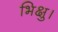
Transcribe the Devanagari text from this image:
भिक्षु।